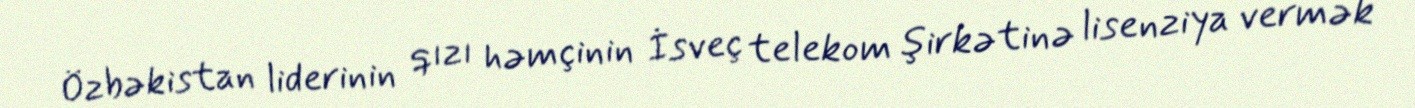
Özbəkistan liderinin qızı həmçinin İsveç telekom şirkətinə lisenziya vermək